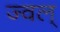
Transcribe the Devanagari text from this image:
ज्वल्